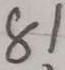
8 1